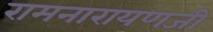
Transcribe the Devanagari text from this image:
रामनारायणजी